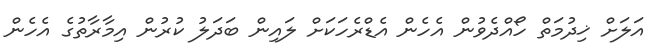
އަލަށް ޚިދުމަތް ހޯއްދެވުން އެހެން އެޑްރެހަކަށް ލައިން ބަދަލު ކުރުން އިމާރާތުގެ އެހެން